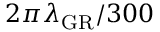
2 \pi \lambda _ { \mathrm { G R } } / 3 0 0